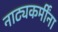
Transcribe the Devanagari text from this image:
नाट्यकर्मींना